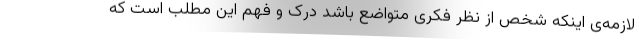
لازمه‌ی اینکه شخص از نظر فکری متواضع باشد درک و فهم این مطلب است که